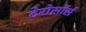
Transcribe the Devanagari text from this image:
टेरोसॉर्स